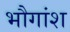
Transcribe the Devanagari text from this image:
भौगांश